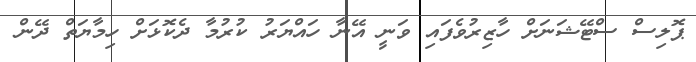
ޕޮލިސް ސްޓޭޝަނަށް ހާޒިރުވެފައި ވަނީ އޭނާ ހައްޔަރު ކުރުމާ ދެކޮޅަށް ހިމާޔަތް ދޭން